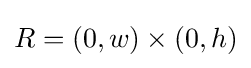
R=(0,w)\times (0,h)